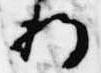
将